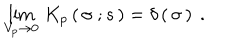
LaTeX: \lim _ { V _ { p } \to 0 } \, K _ { p } \left( \, \sigma \ ; s \, \right) = \delta \left( \, \sigma \, \right) \ .